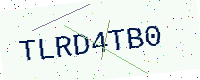
Text: TLRD4TB0